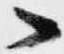
へ